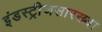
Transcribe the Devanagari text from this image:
इंडस्ट्रीजसारख्या